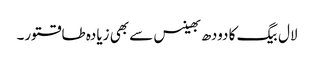
لال بیگ کا دودھ بھینس سے بھی زیادہ طاقتور۔